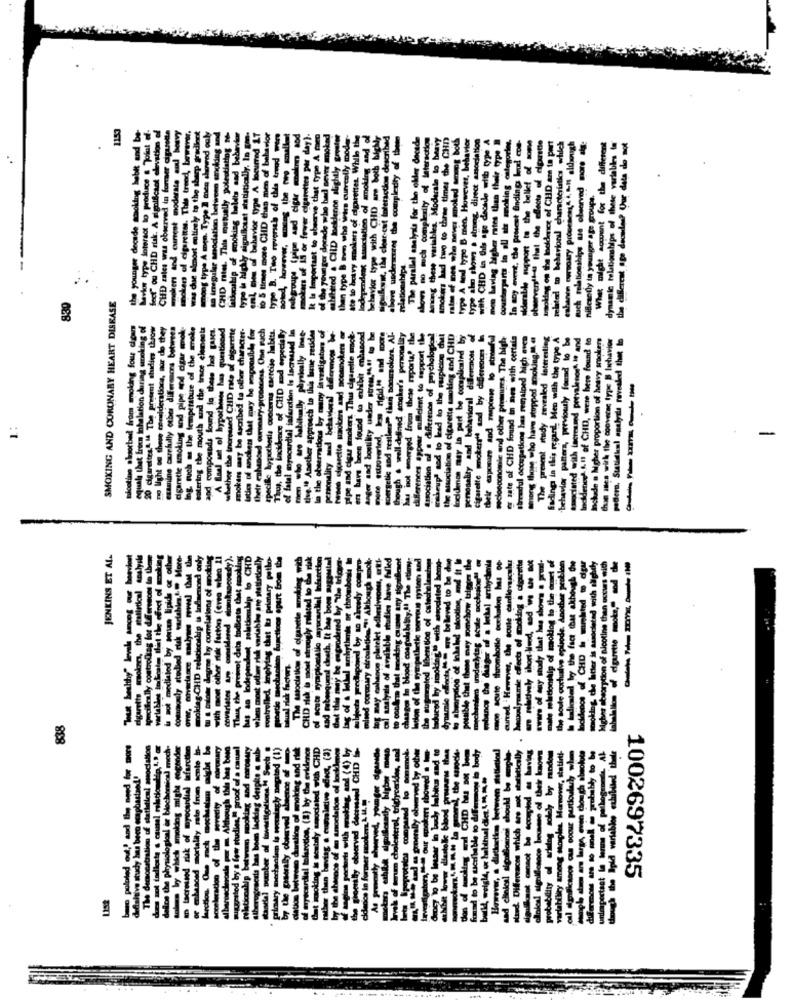
1153
pling on the Incidence of CHD am ta pert
pellited to behavioral characteristics which
enbanen owsoary proceson,4 4, Il aluwngh
What might souvent for the different
While
se variables to
nillesedly in younger age groups.
type la highly signifilouat atab
L mon of behavior type
to 5 tinwes more CHD than
rokers of 15 or fewer cigar
It Is Important to obecrve th
of the younger dorade whe he
typo B. Tito ryversch of
ope with CHI
the clear-cut In
Dy avut, the priest
havior type Soteract
fecf" ou CHD ruk. A
CHD zales was obter
dynamic relationships
tuppo
then type
the
830
SMOKING AND CORONARY HEART DISEASE
nicotine absorbed from smoking four digam
equals thet fries inhalation during smoking of
20 cigarettes." If The present shiding throw
no light os these cerideralors, nur do they
examine carefully other differences between
dgarette smoking and pipe and cigar smoke
Ing. such as the temperature of the smoke
motering the mouth and the trace elements
their exposure and response lo strowful
seclosconomie and other protures. The high
er rate of CHD found in mes with certain
Itrvadul occupations has remained high even
among those who have stopped smoking.It, @
The present study revealed Interesting
Sading in this regard, Men with the type A
en with the type A
associated with tactesand petvalenorA, It and
Incidence' AI of CHD, were here found to
Inchade a higher proportion of heavy smokers
than itles with the cooversc type B lichavior
poder. Statiskal analysis revealed that to
personality and behavioral dilleremnoss
Cigarette mokerr" and by difiereooms
of CHD
Marction
-----
absorbed
mouth
this regard
monong those who ha
present
dated
-behavior
The
JENKINS ET AL.
koship is indaenond only
dgr
de
by comelations of
k factor (ere
functions
838
ICHD
1002697335